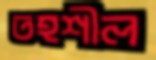
তহশীল